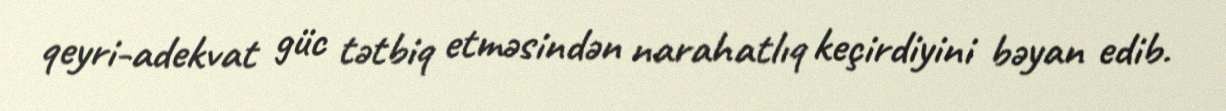
qeyri-adekvat güc tətbiq etməsindən narahatlıq keçirdiyini bəyan edib.